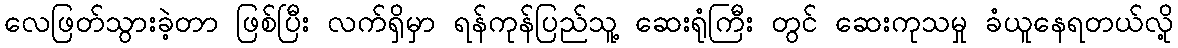
လေဖြတ်သွားခဲ့တာ ဖြစ်ပြီး လက်ရှိမှာ ရန်ကုန်ပြည်သူ့ ဆေးရုံကြီး တွင် ဆေးကုသမှု ခံယူနေရတယ်လို့